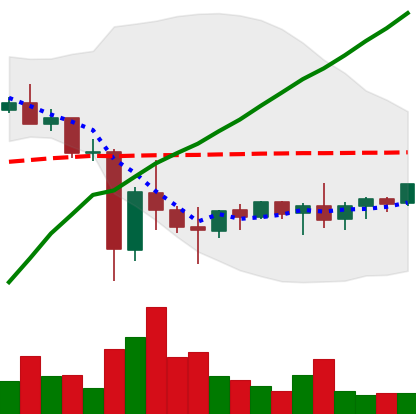
Ticker: XMR-USD
Chart end date: 2021-06-02
Forward return: -15.355%
Label: down_7plus